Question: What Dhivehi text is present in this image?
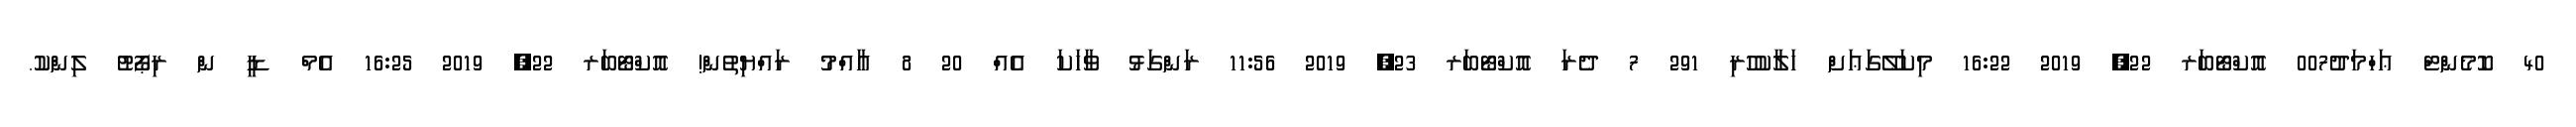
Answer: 40 ކޮމެންޓް ޢަހްމަދު007 އޮކްޓޯބަރ 22, 2019 16:22 މިކަލޭގަޢަށް ހަލާކުހުރި 291 7 ދެރަ އޮކްޓޯބަރ 23, 2019 11:56 ރަންގަޅު ވާހަކަ އެއް 20 8 އާއްމު ރައްޔިތުން! އޮކްޓޯބަރ 22, 2019 16:25 އެމް ޑީ ން ރިޕޯޓު ލިންކު.